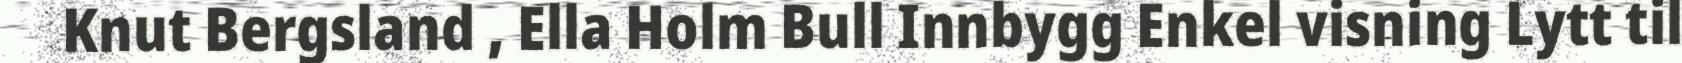
Knut Bergsland , Ella Holm Bull Innbygg Enkel visning Lytt til